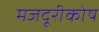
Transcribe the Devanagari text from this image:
मजदूरीकोष